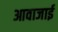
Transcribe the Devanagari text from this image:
आवाजाई